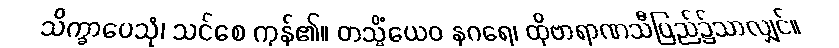
သိက္ခာပေသုံ၊ သင်စေ ကုန်၏။ တသ္မိံယေဝ နဂရေ၊ ထိုဗာရာဏသီပြည်၌သာလျှင်။